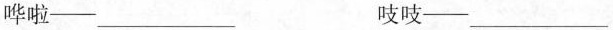
哗啦——___ 吱吱——___